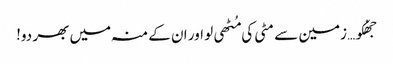
جھُکو… زمین سے مٹی کی مُٹھی لو اور ان کے منہ میں بھر دو!